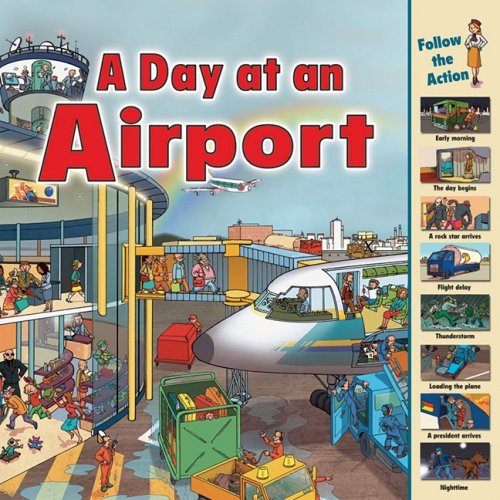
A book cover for A Day at an Airport (Time Goes By); Sarah Harrison; Children's Books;